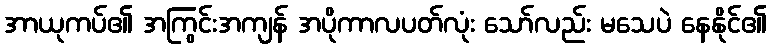
အာယုကပ်၏ အကြွင်းအကျန် အပိုကာလပတ်လုံး သော်လည်း မသေပဲ နေနိုင်၏